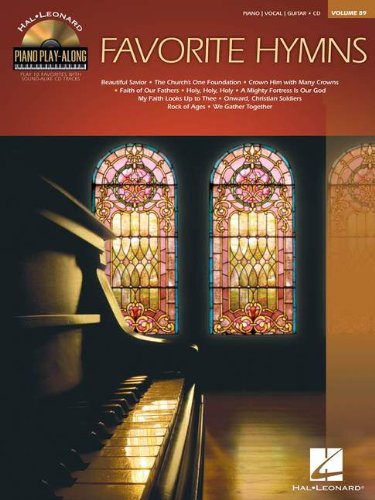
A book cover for FAVORITE HYMNS - PIANO PLAY-ALONG VOLUME 89 (CD/PKG); Christian Books & Bibles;